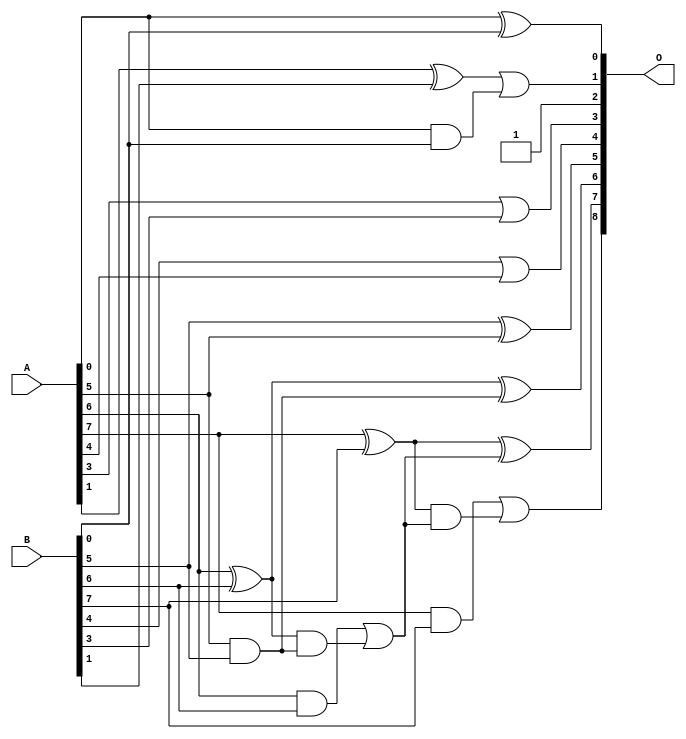
// This program was cloned from: https://github.com/ehw-fit/evoapproxlib
// License: MIT License

/***
* This code is a part of EvoApproxLib library (ehw.fit.vutbr.cz/approxlib) distributed under The MIT License.
* When used, please cite the following article(s): V. Mrazek, L. Sekanina, Z. Vasicek "Libraries of Approximate Circuits: Automated Design and Application in CNN Accelerators" IEEE Journal on Emerging and Selected Topics in Circuits and Systems, Vol 10, No 4, 2020 
* This file contains a circuit from a sub-set of pareto optimal circuits with respect to the pwr and ep parameters
***/
// MAE% = 1.56 %
// MAE = 8.0 
// WCE% = 6.25 %
// WCE = 32 
// WCRE% = 400.00 %
// EP% = 78.91 %
// MRE% = 3.97 %
// MSE = 124 
// PDK45_PWR = 0.014 mW
// PDK45_AREA = 45.5 um2
// PDK45_DELAY = 0.24 ns


module add8u_8KJ(A, B, O);
  input [7:0] A, B;
  output [8:0] O;
  wire sig_17, sig_18, sig_39, sig_42, sig_43, sig_44;
  wire sig_45, sig_47, sig_48, sig_49, sig_50;
  assign O[0] = A[0] ^ B[0];
  assign sig_17 = A[0] & B[0];
  assign sig_18 = A[1] ^ B[1];
  assign O[4] = B[4] | A[4];
  assign O[1] = sig_18 | sig_17;
  assign O[5] = B[5] ^ A[5];
  assign O[2] = 1'b1;
  assign sig_39 = A[5] & B[5];
  assign O[3] = A[3] | B[3];
  assign sig_42 = sig_39;
  assign sig_43 = A[6] ^ B[6];
  assign sig_44 = A[6] & B[6];
  assign sig_45 = sig_43 & sig_42;
  assign O[6] = sig_43 ^ sig_42;
  assign sig_47 = sig_44 | sig_45;
  assign sig_48 = A[7] ^ B[7];
  assign sig_49 = A[7] & B[7];
  assign sig_50 = sig_48 & sig_47;
  assign O[7] = sig_48 ^ sig_47;
  assign O[8] = sig_49 | sig_50;
endmodule